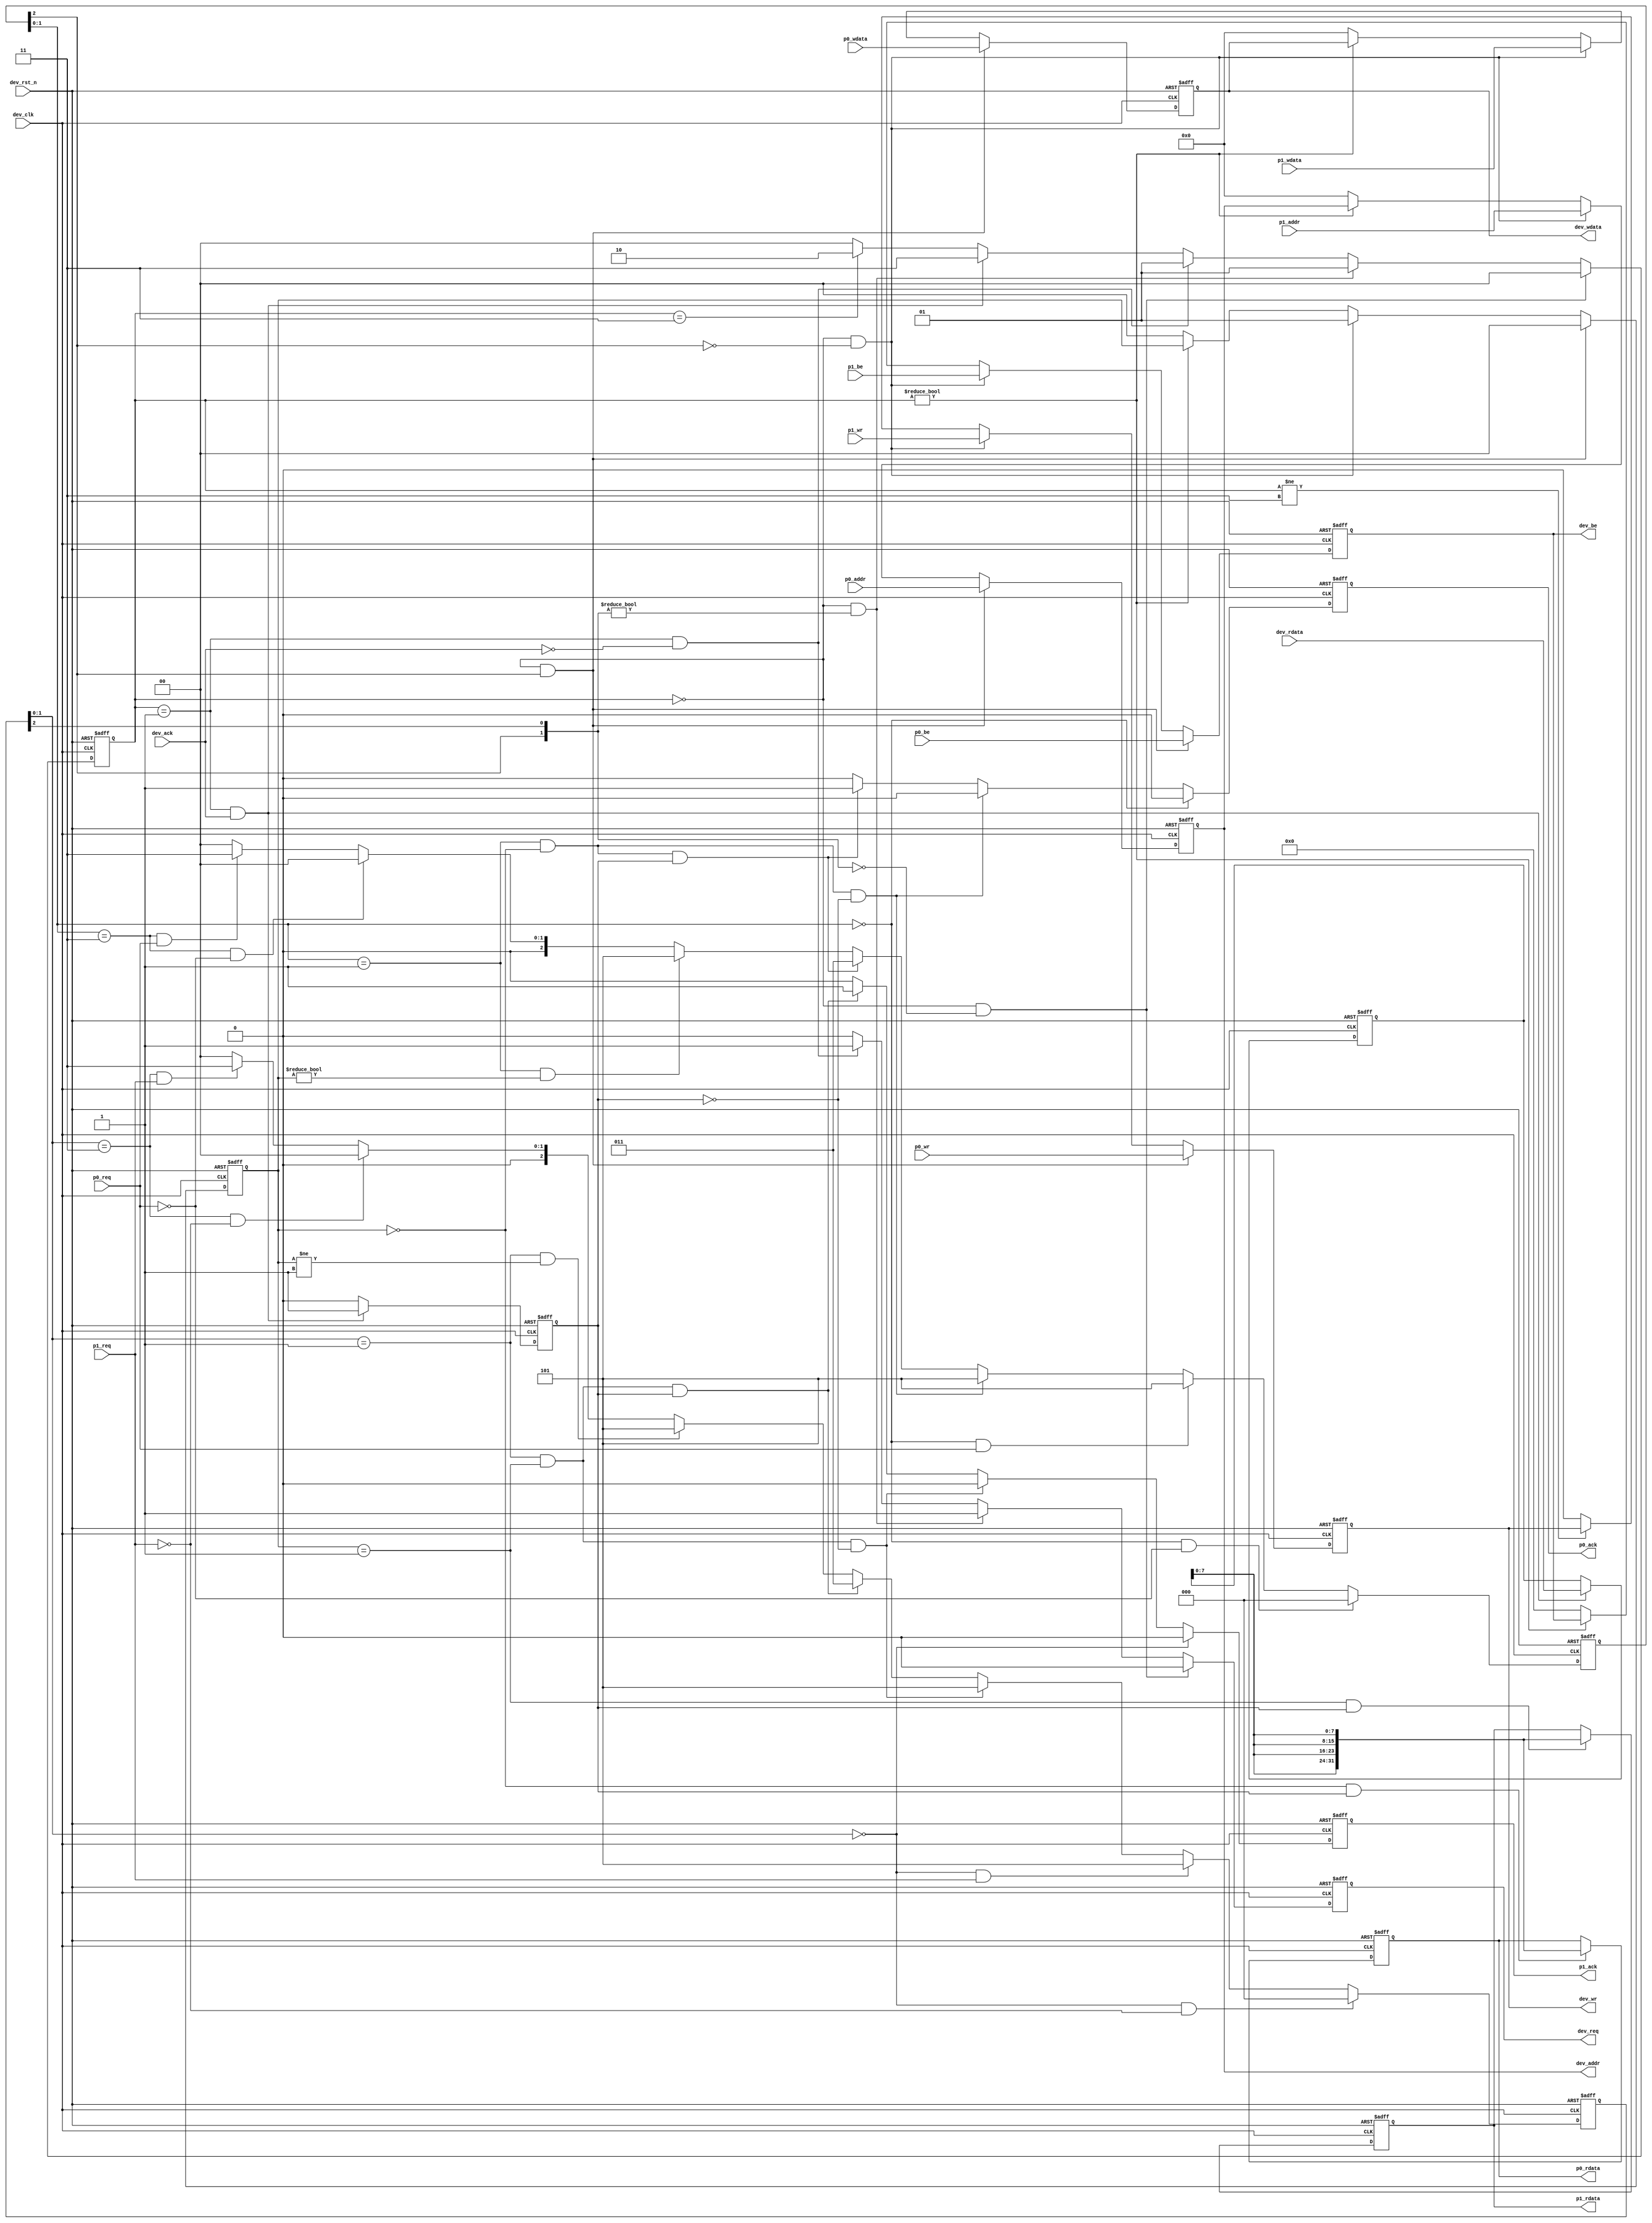
//------------------------------------------------------------------------------
//  gen_arb8.v : arbiter8 module
//
//  LICENSE : "as-is"
//  TakeshiNagashima(T.NG) caramelgete@gmail.com
//------------------------------------------------------------------------------

module gen_arb8 #(
	parameter	p0_size=2,		// size=1(8),2(16)
	parameter	p1_size=2
) (
	output	[31:0]	dev_addr,			// out
	output	[31:0]	dev_wdata,			// out
	output	[3:0]	dev_be,				// out
	input	[31:0]	dev_rdata,			// in
	output			dev_wr,				// out
	output			dev_req,			// out
	input			dev_ack,			// in

	input	[31:0]	p0_addr,			// in
	input	[31:0]	p0_wdata,			// in
	input	[3:0]	p0_be,				// in
	output	[31:0]	p0_rdata,			// out
	input			p0_wr,				// in
	input			p0_req,				// in
	output			p0_ack,				// out

	input	[31:0]	p1_addr,			// in
	input	[31:0]	p1_wdata,			// in
	input	[3:0]	p1_be,				// in
	output	[31:0]	p1_rdata,			// out
	input			p1_wr,				// in
	input			p1_req,				// in
	output			p1_ack,				// out

	input			dev_clk,			// in
	input			dev_rst_n			// in
);

	reg		[1:0] mem_dev_req_r;
	reg		[1:0] mem_dev_master_r;
	reg		[31:0] mem_dev_addr_r;
	reg		[31:0] mem_dev_wdata_r;
	reg		[3:0] mem_dev_be_r;
	reg		mem_dev_ce_r;
	reg		mem_dev_wr_r;
	reg		[31:0] mem_dev_rdata_r;
	reg		mem_dev_ack_r;
	wire	[1:0] mem_dev_req_w;
	wire	[1:0] mem_dev_master_w;
	wire	[31:0] mem_dev_addr_w;
	wire	[31:0] mem_dev_wdata_w;
	wire	[3:0] mem_dev_be_w;
	wire	mem_dev_ce_w;
	wire	mem_dev_wr_w;
	wire	[31:0] mem_dev_rdata_w;
	wire	mem_dev_ack_w;

	wire	p0_dev_req;
	wire	p1_dev_req;

	reg		[2:0] p0_dev_req_r;
	reg		[2:0] p1_dev_req_r;
	reg		p0_dev_ack_r;
	reg		p1_dev_ack_r;
	reg		[31:0] p0_dev_rdata_r;
	reg		[31:0] p1_dev_rdata_r;
	wire	[2:0] p0_dev_req_w;
	wire	[2:0] p1_dev_req_w;
	wire	p0_dev_ack_w;
	wire	p1_dev_ack_w;
	wire	[31:0] p0_dev_rdata_w;
	wire	[31:0] p1_dev_rdata_w;

	assign dev_req=mem_dev_ce_r;
	assign dev_wr=mem_dev_wr_r;
	assign dev_addr[31:0]=mem_dev_addr_r[31:0];
	assign dev_wdata[31:0]=mem_dev_wdata_r[31:0];
	assign dev_be[3:0]=mem_dev_be_r[3:0];

	assign p0_dev_req=p0_dev_req_r[2];
	assign p1_dev_req=p1_dev_req_r[2];

	assign p0_ack=p0_dev_ack_r;
	assign p1_ack=p1_dev_ack_r;

	assign p0_rdata[31:0]=p0_dev_rdata_r[31:0];
	assign p1_rdata[31:0]=p1_dev_rdata_r[31:0];

	always @(negedge dev_rst_n or posedge dev_clk)
	begin
		if (dev_rst_n==1'b0)
			begin
				p0_dev_req_r[2:0] <= 3'b0;
				p1_dev_req_r[2:0] <= 3'b0;
				p0_dev_ack_r <= 1'b0;
				p1_dev_ack_r <= 1'b0;
				p0_dev_rdata_r[31:0] <= 32'b0;
				p1_dev_rdata_r[31:0] <= 32'b0;
			end
		else
			begin
				p0_dev_req_r[2:0] <= p0_dev_req_w[2:0];
				p1_dev_req_r[2:0] <= p1_dev_req_w[2:0];
				p0_dev_ack_r <= p0_dev_ack_w;
				p1_dev_ack_r <= p1_dev_ack_w;
				p0_dev_rdata_r[31:0] <= p0_dev_rdata_w[31:0];
				p1_dev_rdata_r[31:0] <= p1_dev_rdata_w[31:0];
			end
	end

	assign p0_dev_req_w[2:0]=
			(p0_dev_req_r[1:0]==2'b00) & (p0_req==1'b0) ? 3'b000 :
			(p0_dev_req_r[1:0]==2'b00) & (p0_req==1'b1) ? 3'b101 :
			(p0_dev_req_r[1:0]==2'b01) & (mem_dev_master_r[1:0]==2'b00) & (mem_dev_ack_r==1'b0) ? 3'b101 :
			(p0_dev_req_r[1:0]==2'b01) & (mem_dev_master_r[1:0]==2'b00) & (mem_dev_ack_r==1'b1) ? 3'b011 :
			(p0_dev_req_r[1:0]==2'b01) & (mem_dev_master_r[1:0]!=2'b00) ? 3'b101 :
			(p0_dev_req_r[1:0]==2'b11) & (p0_req==1'b0) ? 3'b000 :
			(p0_dev_req_r[1:0]==2'b11) & (p0_req==1'b1) ? 3'b011 :
			(p0_dev_req_r[1:0]==2'b10) ? 3'b000 :
			3'b00;

	assign p1_dev_req_w[2:0]=
			(p1_dev_req_r[1:0]==2'b00) & (p1_req==1'b0) ? 3'b000 :
			(p1_dev_req_r[1:0]==2'b00) & (p1_req==1'b1) ? 3'b101 :
			(p1_dev_req_r[1:0]==2'b01) & (mem_dev_master_r[1:0]==2'b01) & (mem_dev_ack_r==1'b0) ? 3'b101 :
			(p1_dev_req_r[1:0]==2'b01) & (mem_dev_master_r[1:0]==2'b01) & (mem_dev_ack_r==1'b1) ? 3'b011 :
			(p1_dev_req_r[1:0]==2'b01) & (mem_dev_master_r[1:0]!=2'b01) ? 3'b101 :
			(p1_dev_req_r[1:0]==2'b11) & (p1_req==1'b0) ? 3'b000 :
			(p1_dev_req_r[1:0]==2'b11) & (p1_req==1'b1) ? 3'b011 :
			(p1_dev_req_r[1:0]==2'b10) ? 3'b000 :
			3'b00;

	assign p0_dev_ack_w=
			(p0_dev_req_r[1:0]==2'b00) ? 1'b0 :
			(p0_dev_req_r[1:0]==2'b01) & (mem_dev_master_r[1:0]==2'b00) & (mem_dev_ack_r==1'b0) ? 1'b0 :
			(p0_dev_req_r[1:0]==2'b01) & (mem_dev_master_r[1:0]==2'b00) & (mem_dev_ack_r==1'b1) ? 1'b1 :
			(p0_dev_req_r[1:0]==2'b01) & (mem_dev_master_r[1:0]!=2'b00) ? 1'b0 :
			(p0_dev_req_r[1:0]==2'b11) ? 1'b0 :
		//	(p0_dev_req_r[1:0]==2'b11) & (p0_req==1'b0) ? 1'b0 :
		//	(p0_dev_req_r[1:0]==2'b11) & (p0_req==1'b1) ? 1'b1 :
			(p0_dev_req_r[1:0]==2'b10) ? 1'b0 :
			1'b0;

	assign p1_dev_ack_w=
			(p1_dev_req_r[1:0]==2'b00) ? 1'b0 :
			(p1_dev_req_r[1:0]==2'b01) & (mem_dev_master_r[1:0]==2'b01) & (mem_dev_ack_r==1'b0) ? 1'b0 :
			(p1_dev_req_r[1:0]==2'b01) & (mem_dev_master_r[1:0]==2'b01) & (mem_dev_ack_r==1'b1) ? 1'b1 :
			(p1_dev_req_r[1:0]==2'b01) & (mem_dev_master_r[1:0]!=2'b01) ? 1'b0 :
			(p1_dev_req_r[1:0]==2'b11) ? 1'b0 :
		//	(p1_dev_req_r[1:0]==2'b11) & (p1_req==1'b0) ? 1'b0 :
		//	(p1_dev_req_r[1:0]==2'b11) & (p1_req==1'b1) ? 1'b1 :
			(p1_dev_req_r[1:0]==2'b10) ? 1'b0 :
			1'b0;

	assign p0_dev_rdata_w[31:0]=
			(mem_dev_master_r[1:0]==2'b00) & (mem_dev_ack_r==1'b1) ? {mem_dev_rdata_r[7:0],mem_dev_rdata_r[7:0],mem_dev_rdata_r[7:0],mem_dev_rdata_r[7:0]} :
			p0_dev_rdata_r[31:0];

	assign p1_dev_rdata_w[31:0]=
			(mem_dev_master_r[1:0]==2'b01) & (mem_dev_ack_r==1'b1) ? {mem_dev_rdata_r[7:0],mem_dev_rdata_r[7:0],mem_dev_rdata_r[7:0],mem_dev_rdata_r[7:0]} :
			p1_dev_rdata_r[31:0];

	always @(negedge dev_rst_n or posedge dev_clk)
	begin
		if (dev_rst_n==1'b0)
			begin
				mem_dev_req_r[1:0] <= 2'b0;
				mem_dev_master_r[1:0] <= 2'b0;

				mem_dev_addr_r[31:0] <= 32'b0;
				mem_dev_wdata_r[31:0] <= 32'b0;
				mem_dev_be_r[3:0] <= 4'b0;
				mem_dev_ce_r <= 1'b0;
				mem_dev_wr_r <= 1'b0;
				mem_dev_rdata_r[31:0] <= 32'b0;
				mem_dev_ack_r <= 1'b0;
			end
		else
			begin
				mem_dev_req_r[1:0] <= mem_dev_req_w[1:0];
				mem_dev_master_r[1:0] <= mem_dev_master_w[1:0];

				mem_dev_addr_r[31:0] <= mem_dev_addr_w[31:0];
				mem_dev_wdata_r[31:0] <= mem_dev_wdata_w[31:0];
				mem_dev_be_r[3:0] <= mem_dev_be_w[3:0];
				mem_dev_ce_r <= mem_dev_ce_w;
				mem_dev_wr_r <= mem_dev_wr_w;
				mem_dev_rdata_r[31:0] <= mem_dev_rdata_w[31:0];
				mem_dev_ack_r <= mem_dev_ack_w;
			end
	end

	assign mem_dev_req_w[1:0]=
			(mem_dev_req_r[1:0]==2'b00) & ({p0_dev_req,p1_dev_req}==2'b00) ? 2'b00 :
			(mem_dev_req_r[1:0]==2'b00) & ({p0_dev_req,p1_dev_req}!=2'b00) ? 2'b01 :
			(mem_dev_req_r[1:0]==2'b01) & (dev_ack==1'b0) ? 2'b01 :
			(mem_dev_req_r[1:0]==2'b01) & (dev_ack==1'b1) ? 2'b11 :
			(mem_dev_req_r[1:0]==2'b11) ? 2'b10 :
			(mem_dev_req_r[1:0]==2'b10) ? 2'b00 :
			2'b00;

	assign mem_dev_master_w[1:0]=
			(mem_dev_req_r[1:0]==2'b00) & ({p0_dev_req}==1'b1) ? 2'b00 :
			(mem_dev_req_r[1:0]==2'b00) & ({p0_dev_req}==1'b0) ? 2'b01 :
			(mem_dev_req_r[1:0]!=2'b00) ? mem_dev_master_r[1:0] :
			2'b0;

	assign mem_dev_addr_w[31:0]=
			(mem_dev_req_r[1:0]==2'b00) & ({p0_dev_req}==1'b1) ? p0_addr[31:0] :
			(mem_dev_req_r[1:0]==2'b00) & ({p0_dev_req}==1'b0) ? p1_addr[31:0] :
			(mem_dev_req_r[1:0]!=2'b00) ? mem_dev_addr_r[31:0] :
			32'b0;

	assign mem_dev_wdata_w[31:0]=
			(mem_dev_req_r[1:0]==2'b00) & ({p0_dev_req}==1'b1) ? p0_wdata[31:0] :
			(mem_dev_req_r[1:0]==2'b00) & ({p0_dev_req}==1'b0) ? p1_wdata[31:0] :
			(mem_dev_req_r[1:0]!=2'b00) ? mem_dev_wdata_r[31:0] :
			32'b0;

	assign mem_dev_be_w[3:0]=
			(mem_dev_req_r[1:0]==2'b00) & ({p0_dev_req}==1'b1) ? p0_be[3:0] :
			(mem_dev_req_r[1:0]==2'b00) & ({p0_dev_req}==1'b0) ? p1_be[3:0] :
			(mem_dev_req_r[1:0]!=2'b00) ? mem_dev_be_r[3:0] :
			4'b0;

	assign mem_dev_ce_w=
			(mem_dev_req_r[1:0]==2'b00) & ({p0_dev_req,p1_dev_req}==2'b00) ? 1'b0 :
			(mem_dev_req_r[1:0]==2'b00) & ({p0_dev_req,p1_dev_req}!=2'b00) ? 1'b1 :
			(mem_dev_req_r[1:0]==2'b01) & (dev_ack==1'b0) ? 1'b1 :
			(mem_dev_req_r[1:0]==2'b01) & (dev_ack==1'b1) ? 1'b0 :
			(mem_dev_req_r[1:0]==2'b11) ? 1'b0 :
			(mem_dev_req_r[1:0]==2'b10) ? 1'b0 :
			1'b0;

	assign mem_dev_wr_w=
			(mem_dev_req_r[1:0]==2'b00) & ({p0_dev_req}==1'b1) ? p0_wr :
			(mem_dev_req_r[1:0]==2'b00) & ({p0_dev_req}==1'b0) ? p1_wr :
			(mem_dev_req_r[1:0]!=2'b11) ? mem_dev_wr_r :
			1'b0;

	assign mem_dev_rdata_w[31:0]=(mem_dev_req_r[1:0]==2'b01) & (dev_ack==1'b1) ? dev_rdata[31:0] : mem_dev_rdata_r[31:0];

	assign mem_dev_ack_w=(mem_dev_req_r[1:0]==2'b01) & (dev_ack==1'b1) ? 1'b1 : 1'b0;

endmodule